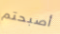
أصبحتم